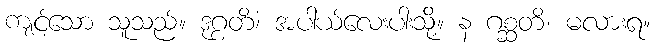
ကျင့်သော သူသည်။ ဒုဂ္ဂတိံ၊ အပါယ်လေးပါးသို့။ န ဂစ္ဆတိ၊ မလားရ။